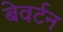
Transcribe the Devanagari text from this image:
बेवर्टन